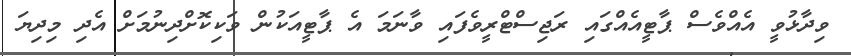
ވިދާޅުވީ އެއްވެސް ޕާޓީއެއްގައި ރަޖިސްޓްރީވެފައި ވާނަމަ އެ ޕާޓީއަކުން ވަކިކޮށްދިނުމަށް އެދި މިދިޔަ